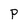
Character: P